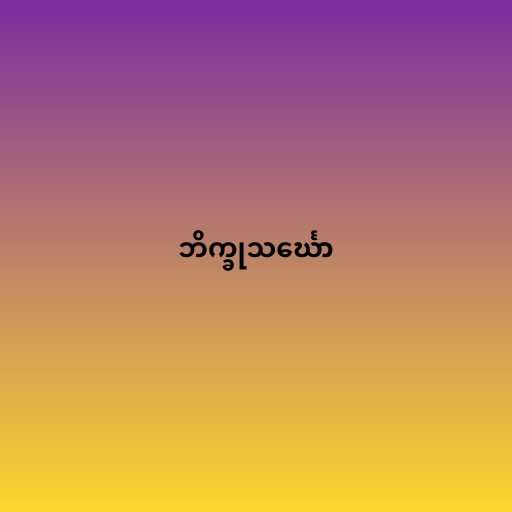
ဘိက္ခုသင်္ဃော